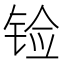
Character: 𲈀